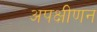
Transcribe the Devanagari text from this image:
अपक्षीणन